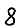
Digit: 8